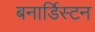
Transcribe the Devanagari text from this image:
बनार्डिस्टन